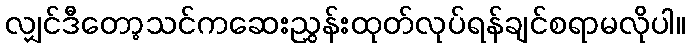
လျှင်ဒီတော့သင်ကဆေးညွှန်းထုတ်လုပ်ရန်ချင်စရာမလိုပါ။